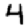
Digit: 4